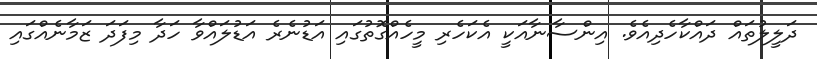
ދަލީލުތައް ދައްކާހެދިއެވެ. އިންސާނާއަކީ އެކަހެރި މީހެއްގޮތުގައި އަޑުނެރެ އަޑުލައްވާ ހަދާ މިފަދަ ޒަމާނެއްގައި